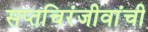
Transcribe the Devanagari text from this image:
सप्तचिरंजीवांची